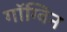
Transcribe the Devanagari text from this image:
गॉग्विन